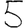
Digit: 5